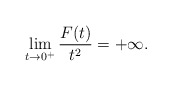
\begin{align*} \lim_{t\rightarrow 0^+}\frac{F(t)}{t^2}=+\infty.\end{align*}